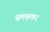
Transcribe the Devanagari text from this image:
समक्षकर